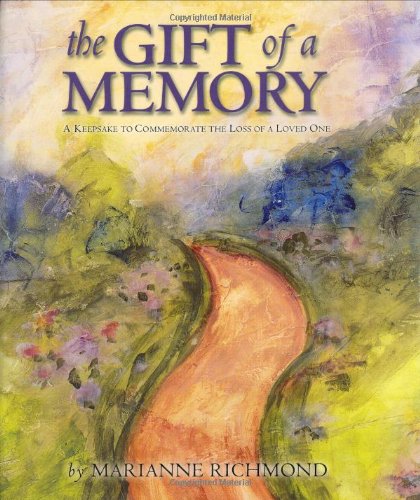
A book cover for The Gift of a Memory: A Keepsake to Commemorate the Loss of a Loved One (Marianne Richmond); Marianne Richmond; Self-Help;